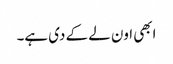
ابھی اون لے کے دی ہے۔